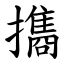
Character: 㩦